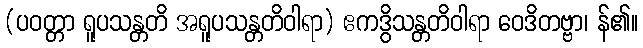
(ပဝတ္တာ ရူပသန္တတိ အရူပသန္တတိဝါရာ) ဧကဒွိသန္တတိဝါရာ ဝေဒိတဗ္ဗာ၊ န်၏။